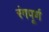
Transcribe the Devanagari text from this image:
रंगपूर्ण